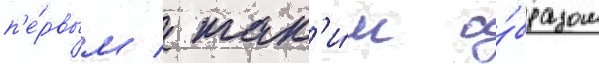
п'е́рвым / так'и́м о́бразом